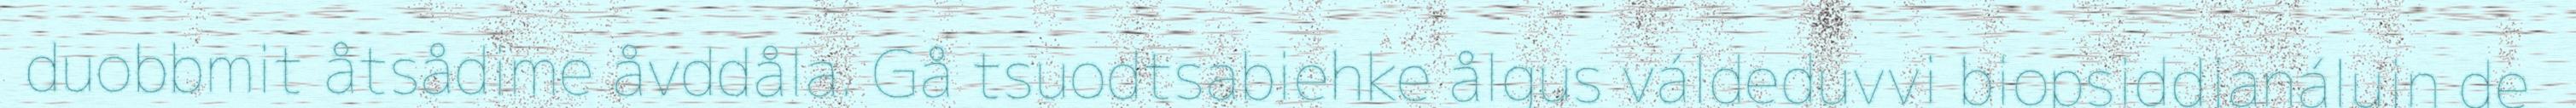
duobbmit åtsådime åvddåla. Gå tsuodtsabiehke ålgus váldeduvvi biopsiddjanálujn de